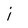
Character: j